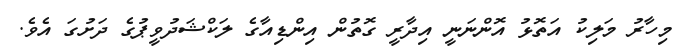
މިހާރު މަލިކު އަތޮޅު އޮންނަނީ އިދާރީ ގޮތުން އިންޑިއާގެ ލަކްޝަދުވީޕުގެ ދަށުގަ އެވެ.